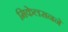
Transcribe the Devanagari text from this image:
मिकेलसनने